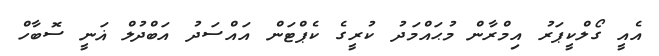
އެއީ ގޯލްކީޕަރު އިމްރާން މުޙައްމަދު ކުރީގެ ކެޕްޓަން އައްސަދު އަބްދުލް ޣަނީ ސޮބާހް